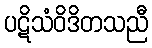
ပဋိသံဝိဒိတသညီ